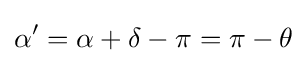
\alpha '=\alpha +\delta -\pi =\pi -\theta